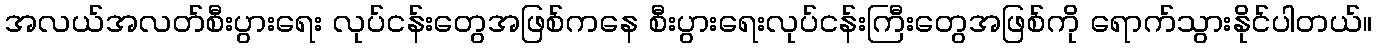
အလယ်အလတ်စီးပွားရေး လုပ်ငန်းတွေအဖြစ်ကနေ စီးပွားရေးလုပ်ငန်းကြီးတွေအဖြစ်ကို ရောက်သွားနိုင်ပါတယ်။